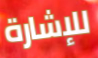
للإشارة